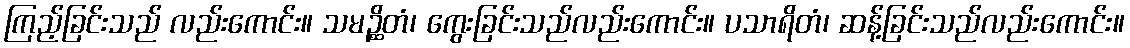
ကြည့်ခြင်းသည် လည်းကောင်း။ သမဉ္ဆိတံ၊ ကွေးခြင်းသည်လည်းကောင်း။ ပသာရိတံ၊ ဆန့်ခြင်းသည်လည်းကောင်း။